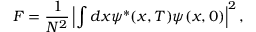
F = \frac { 1 } { N ^ { 2 } } \left| \int d x \psi ^ { * } ( x , T ) \psi ( x , 0 ) \right| ^ { 2 } ,